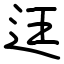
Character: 迋